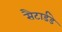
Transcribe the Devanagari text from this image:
सैटार्डडे